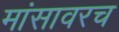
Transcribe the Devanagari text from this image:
मांसावरच